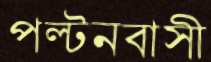
পল্টনবাসী